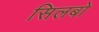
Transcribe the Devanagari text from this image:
सिलबो